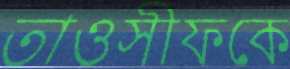
তাওসীফকে